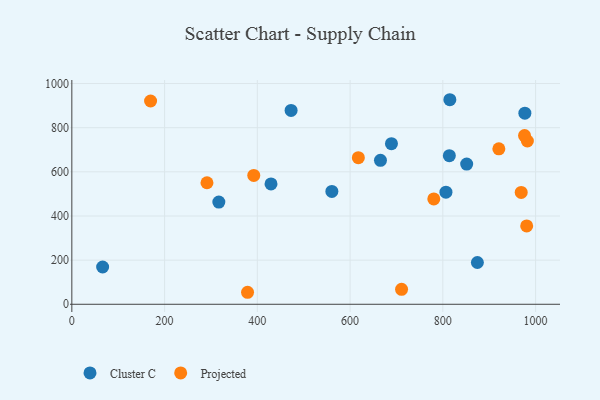
{"axis": {"x": "Study Hours", "y": "Profit"}, "legend": ["Cluster C", "Projected"], "data": [{"x": "472.8", "y": 878.2, "type": "Cluster C"}, {"x": "806.7", "y": 508.1, "type": "Cluster C"}, {"x": "851.4", "y": 635.1, "type": "Cluster C"}, {"x": "976.9", "y": 865.8, "type": "Cluster C"}, {"x": "689.2", "y": 727.4, "type": "Cluster C"}, {"x": "429.5", "y": 545.1, "type": "Cluster C"}, {"x": "665.5", "y": 652.1, "type": "Cluster C"}, {"x": "815.1", "y": 926.7, "type": "Cluster C"}, {"x": "814.0", "y": 673.1, "type": "Cluster C"}, {"x": "874.5", "y": 189.3, "type": "Cluster C"}, {"x": "66.4", "y": 168.9, "type": "Cluster C"}, {"x": "560.7", "y": 511.3, "type": "Cluster C"}, {"x": "317.0", "y": 463.1, "type": "Cluster C"}, {"x": "617.8", "y": 664.1, "type": "Projected"}, {"x": "711.0", "y": 67.8, "type": "Projected"}, {"x": "780.5", "y": 477.2, "type": "Projected"}, {"x": "920.8", "y": 704.4, "type": "Projected"}, {"x": "969.0", "y": 506.6, "type": "Projected"}, {"x": "392.3", "y": 583.8, "type": "Projected"}, {"x": "291.4", "y": 550.5, "type": "Projected"}, {"x": "982.3", "y": 739.8, "type": "Projected"}, {"x": "169.8", "y": 921.0, "type": "Projected"}, {"x": "378.9", "y": 54.4, "type": "Projected"}, {"x": "980.8", "y": 355.2, "type": "Projected"}, {"x": "976.2", "y": 764.4, "type": "Projected"}]}